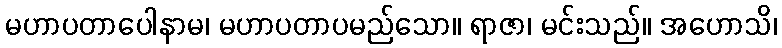
မဟာပတာပေါနာမ၊ မဟာပတာပမည်သော။ ရာဇာ၊ မင်းသည်။ အဟောသိ၊